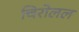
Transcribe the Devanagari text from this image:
चिरोलल